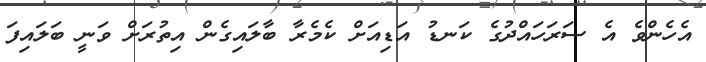
އެހެންވެ އެ ސަރަހައްދުގެ ކަނޑު އަޑިއަށް ކެމެރާ ބާލައިގެން އިތުރަށް ވަނީ ބަލައިފަ